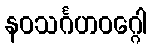
နဝသင်္ဂဟဝဂ္ဂေါ